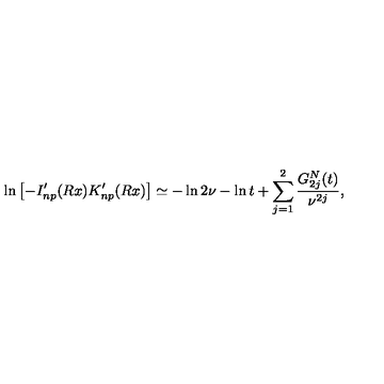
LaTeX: \ln \left[ - I _ { n p } ^ { \prime } ( R x ) K _ { n p } ^ { \prime } ( R x ) \right] \simeq - \ln 2 \nu - \ln t + \sum _ { j = 1 } ^ { 2 } \frac { G _ { 2 j } ^ { N } ( t ) } { \nu ^ { 2 j } } { , }